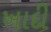
ખાદી